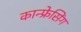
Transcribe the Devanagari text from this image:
कान्फ्रेसिंग